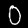
Digit: 0